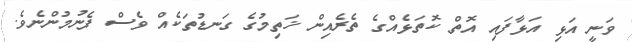
ވަނީ އަޅި އަޅާފައި އޮތް ކޮތަޅެއްގެ ތެރެއިން ޚަތިމުގެ ގަނޑުތަކެއް ވެސް ފެނުމުންނެވެ.